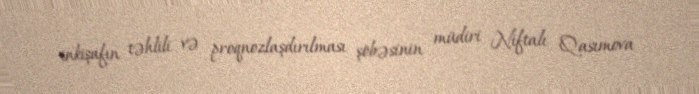
inkişafın təhlili və proqnozlaşdırılması şöbəsinin müdiri Niftalı Qasımova